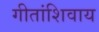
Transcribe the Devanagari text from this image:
गीतांशिवाय